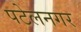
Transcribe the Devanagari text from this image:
पटेलनगर